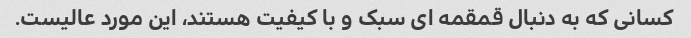
کسانی که به دنبال قمقمه ای سبک و با کیفیت هستند، این مورد عالیست.